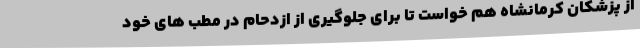
از پزشکان کرمانشاه هم خواست تا برای جلوگیری از ازدحام در مطب های خود